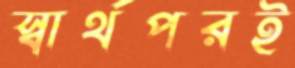
স্বার্থপরই